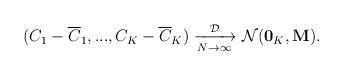
LaTeX: \begin{align*}\begin{aligned}(C_1-\overline{C}_{1},...,C_{K}-\overline{C}_{K}) \xrightarrow[N \rightarrow \infty]{\mathcal{D}} \mathcal{N}(\bold{0}_{K},\bold{M}).\end{aligned}\end{align*}